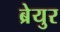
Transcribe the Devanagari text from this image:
ब्रेयुर